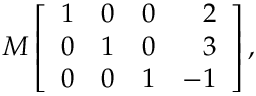
M \left[ { \begin{array} { r r r r } { 1 } & { 0 } & { 0 } & { 2 } \\ { 0 } & { 1 } & { 0 } & { 3 } \\ { 0 } & { 0 } & { 1 } & { - 1 } \end{array} } \right] ,